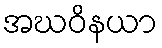
အဃဝိနယာ